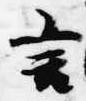
言